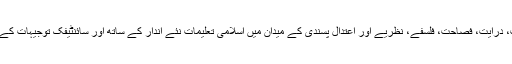
عقائد، سیرت، تصوف، روایت، درایت، فصاحت، فلسفے، نظریے اور اعتدال پسندی کے میدان میں اسلامی تعلیمات نئے اندار کے ساتھ اور سائنٹیفک توجیہات کے ساتھ پیش کرنے کا دور آگیا۔